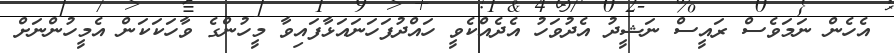
އެހެން ނަމަވެސް ރައީސް ނަޝީދު އެދުވަހު އެދެއްކެވީ ހައްދުފަހަނައަޅާފައިވާ މީހުންގެ ވާހަކަކަން އެމީހުންނަށް